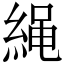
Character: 䋲